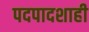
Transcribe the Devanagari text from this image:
पदपादशाही